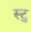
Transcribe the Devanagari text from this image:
स्टु